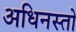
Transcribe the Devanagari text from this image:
अधिनस्तो